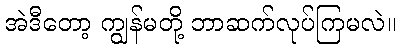
အဲဒီတော့ ကျွန်မတို့ ဘာဆက်လုပ်ကြမလဲ။